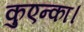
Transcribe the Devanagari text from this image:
कुएन्का।